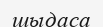
шыдаса